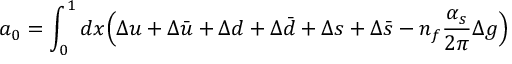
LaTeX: a _ { 0 } = \int _ { 0 } ^ { 1 } d x \Big ( \Delta u + \Delta \bar { u } + \Delta d + \Delta \bar { d } + \Delta s + \Delta \bar { s } - n _ { f } \frac { \alpha _ { s } } { 2 \pi } \Delta g \Big )